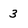
Character: 3